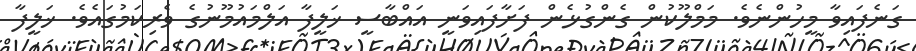
ގަނެފައިވާ މީހުންނެވެ. މަމްލޫކުން ގެންގުޅެން ފަށާފައިވަނީ އައްބާސީ ޚަލީފާ އަލްމައުމޫނުގެ ވެރިކަމުގައެވެ. ޚަލީފާ